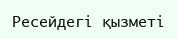
Ресейдегі қызметі